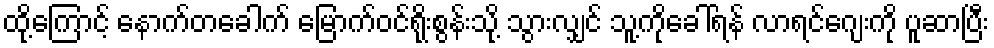
ထို့ကြောင့် နောက်တခေါက် မြောက်ဝင်ရိုးစွန်းသို့ သွားလျှင် သူ့ကိုခေါ်ရန် လာရင်ဂျေးကို ပူဆာပြီး